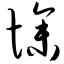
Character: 惨